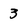
Character: 3